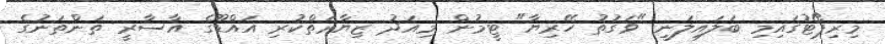
މިރިޕޯޓުގައިމި ބަލައިލަނީ "ވަގުތު ހޭރިޔާ" ޓީމުން މިއަދު ޒިޔާރަތްކުރި އައްޑޫގެ އާސާރީ ތަންތަނުގެ